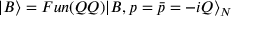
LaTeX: | B \rangle = F u n ( Q Q ) | B , p = \bar { p } = - i Q \rangle _ { N }